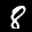
Label: 8